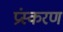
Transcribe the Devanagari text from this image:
प्रंस्करण